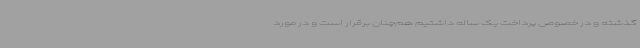
گذشته و در خصوص پرداخت یک ساله داشتیم هم‌چنان برقرار است و در مورد